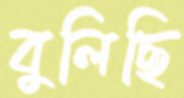
বুলিছি